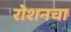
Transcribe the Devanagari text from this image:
रोशनचा